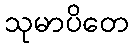
သုမာပိတေ